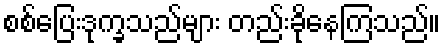
စစ်ပြေးဒုက္ခသည်များ တည်းခိုနေကြသည်။